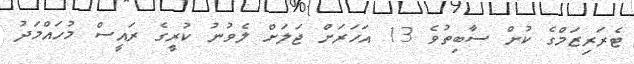
ޓެރަރިޒަމްގެ ކުށް ސާބިތުވެ 13 އަހަރަށް ޖަލަށް ލެވުނު ކުރީގެ ރައީސް މުހައްމަދު